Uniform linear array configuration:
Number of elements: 12
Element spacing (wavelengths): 1
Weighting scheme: blackman
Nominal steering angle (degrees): -45
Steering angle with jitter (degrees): -45.87
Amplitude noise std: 0.05
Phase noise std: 0.05

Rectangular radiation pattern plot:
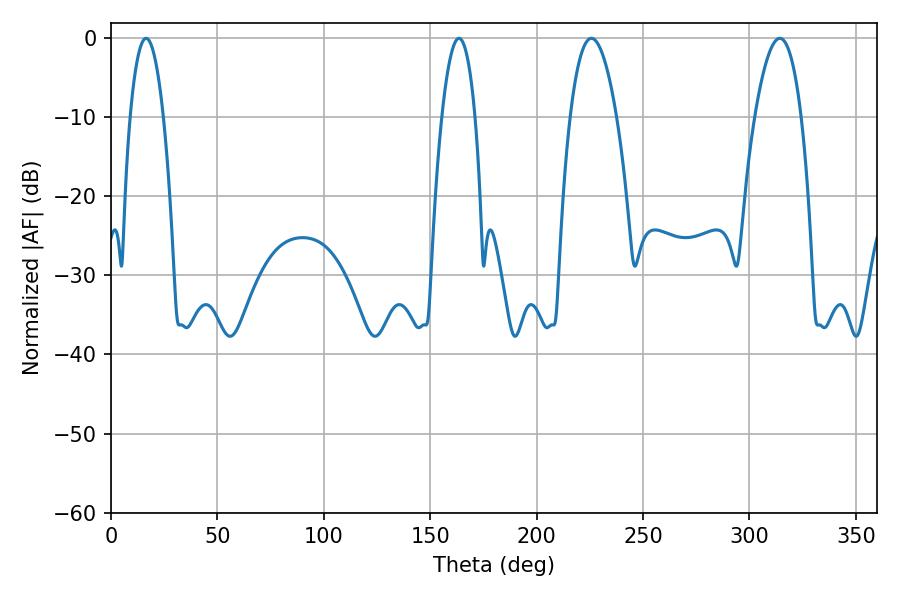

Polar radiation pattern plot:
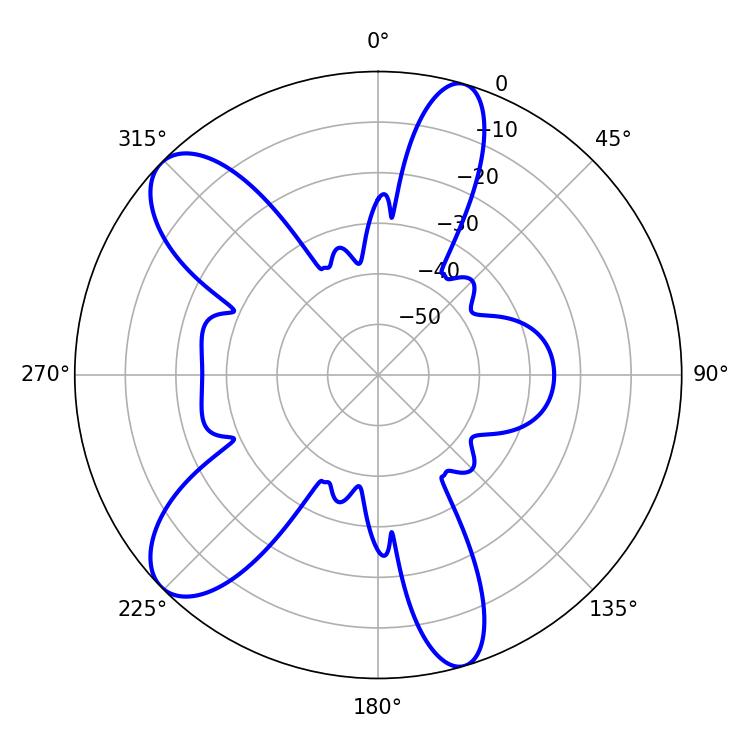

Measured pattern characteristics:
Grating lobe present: TRUE
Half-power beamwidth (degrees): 12.06
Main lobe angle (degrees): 225.72